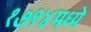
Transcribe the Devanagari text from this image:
१७९४मध्ये